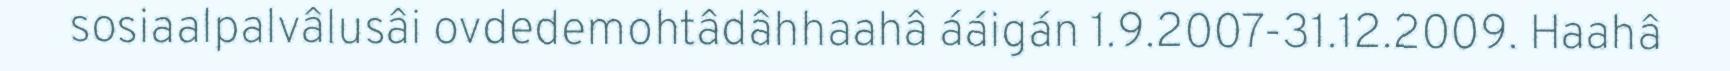
sosiaalpalvâlusâi ovdedemohtâdâhhaahâ ááigán 1.9.2007-31.12.2009. Haahâ